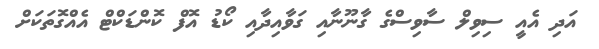
އަދި އެއީ ސިވިލް ސާވިސްގެ ގާނޫނާއި ގަވާއިދާއި ކޯޑު އޮފް ކޮންޑަކްޓް އެއްގޮތަކަށް